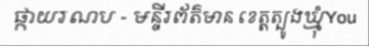
ផ្កាយរណប - មន្ទីរព័ត៌មាន ខេត្តត្បូងឃ្មុំYou